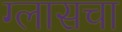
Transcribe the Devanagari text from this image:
ग्लासचा